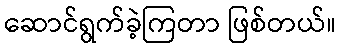
ဆောင်ရွက်ခဲ့ကြတာ ဖြစ်တယ်။